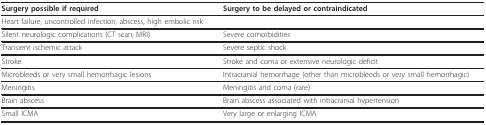
<table><thead><tr><td><b>Surgery possible if required</b></td><td><b>Surgery to be delayed or contraindicated</b></td></tr></thead><tbody><tr><td>Heart failure, uncontrolled infection, abscess, high embolic risk</td><td></td></tr><tr><td>Silent neurologic complications (CT scan, MRI)</td><td>Severe comorbidities</td></tr><tr><td>Transient ischemic attack</td><td>Severe septic shock</td></tr><tr><td>Stroke</td><td>Stroke and coma or extensive neurologic deficit</td></tr><tr><td>Microbleeds or very small hemorrhagic lesions</td><td>Intracranial hemorrhage (other than microbleeds or very small hemorrhagic)</td></tr><tr><td>Meningitis</td><td>Meningitis and coma (rare)</td></tr><tr><td>Brain abscess</td><td>Brain abscess associated with intracranial hypertension</td></tr><tr><td>Small ICMA</td><td>Very large or enlarging ICMA</td></tr></tbody></table>